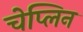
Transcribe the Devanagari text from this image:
चेप्लिन